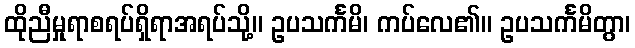
ထိုညီမှုရာစရပ်ရှိရာအရပ်သို့။ ဥပသင်္ကမိ၊ ကပ်လေ၏။ ဥပသင်္ကမိတွာ၊